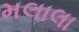
મલાલા